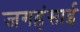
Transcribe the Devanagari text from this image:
जगहंसाई